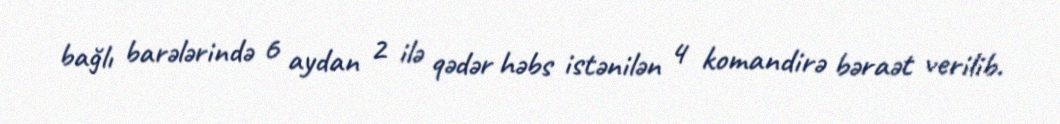
bağlı barələrində 6 aydan 2 ilə qədər həbs istənilən 4 komandirə bəraət verilib.